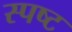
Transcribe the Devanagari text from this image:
स्‍पष्ट